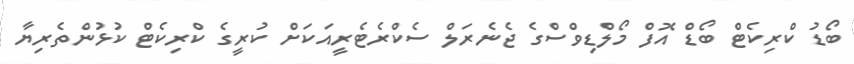
ބޯޑު ކްރިކެޓް ބޯޑް އޮފް މޯލްޑިވްސްގެ ޖެނެރަލް ސެކްރެޓެރީއަކަށް ކުރީގެ ކްރިކެޓް ކުޅުންތެރިޔާ